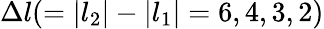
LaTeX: \Delta l(=\left\lvert l_{2}\right\lvert-\left\lvert l_{1}\right\lvert=6,4,3,2)